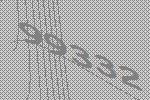
99332